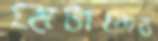
মেটানোর